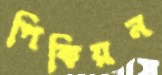
পিকিয়ন